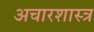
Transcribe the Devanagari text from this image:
अचारशास्त्र